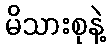
မိသားစုနဲ့